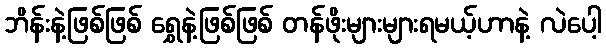
ဘိန်းနဲ့ဖြစ်ဖြစ် ရွှေနဲ့ဖြစ်ဖြစ် တန်ဖိုးများများရမယ့်ဟာနဲ့ လဲပေါ့